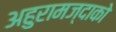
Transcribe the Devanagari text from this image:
अहुरामज्दाको